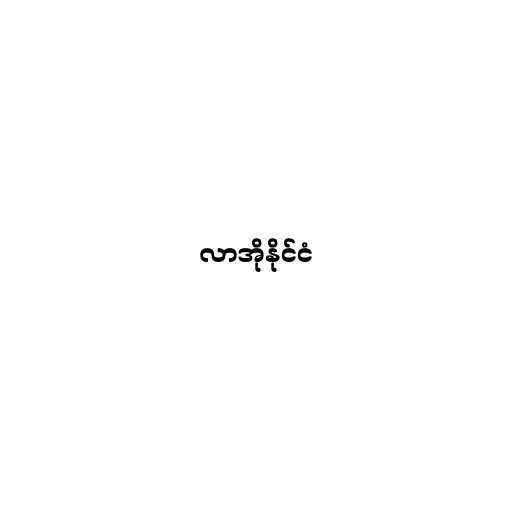
လာအိုနိုင်ငံ